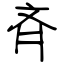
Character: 斉